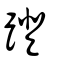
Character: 蹬